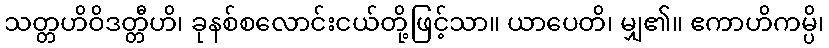
သတ္တဟိဝိဒတ္တီဟိ၊ ခုနစ်စလောင်းငယ်တို့ဖြင့်သာ။ ယာပေတိ၊ မျှ၏။ ဧကာဟိကမ္ပိ၊